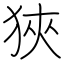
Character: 狹